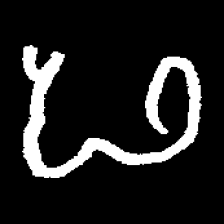
Pyu character \u2014 Myanmar letter: ဖ (romanized: pha)